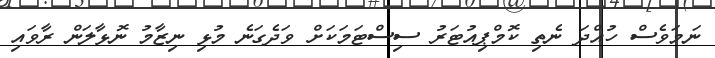
ނަމަވެސް ހުއްދަ ނެތި ކޮމްޕިއުޓަރު ސިސްޓަމަކަށް ވަދެގަނެ މުޅި ނިޒާމު ނޮޅާލަން ރާވައި